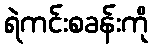
ရဲကင်းစခန်းကို